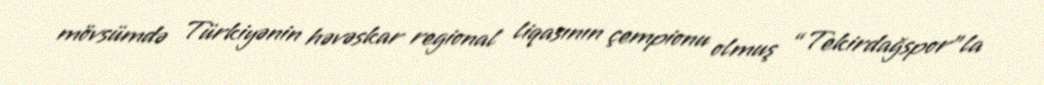
mövsümdə Türkiyənin həvəskar regional liqasının çempionu olmuş “Tekirdağspor”la